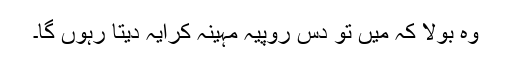
وہ بولا کہ میں تو دس روپیہ مہینہ کرایہ دیتا رہوں گا۔